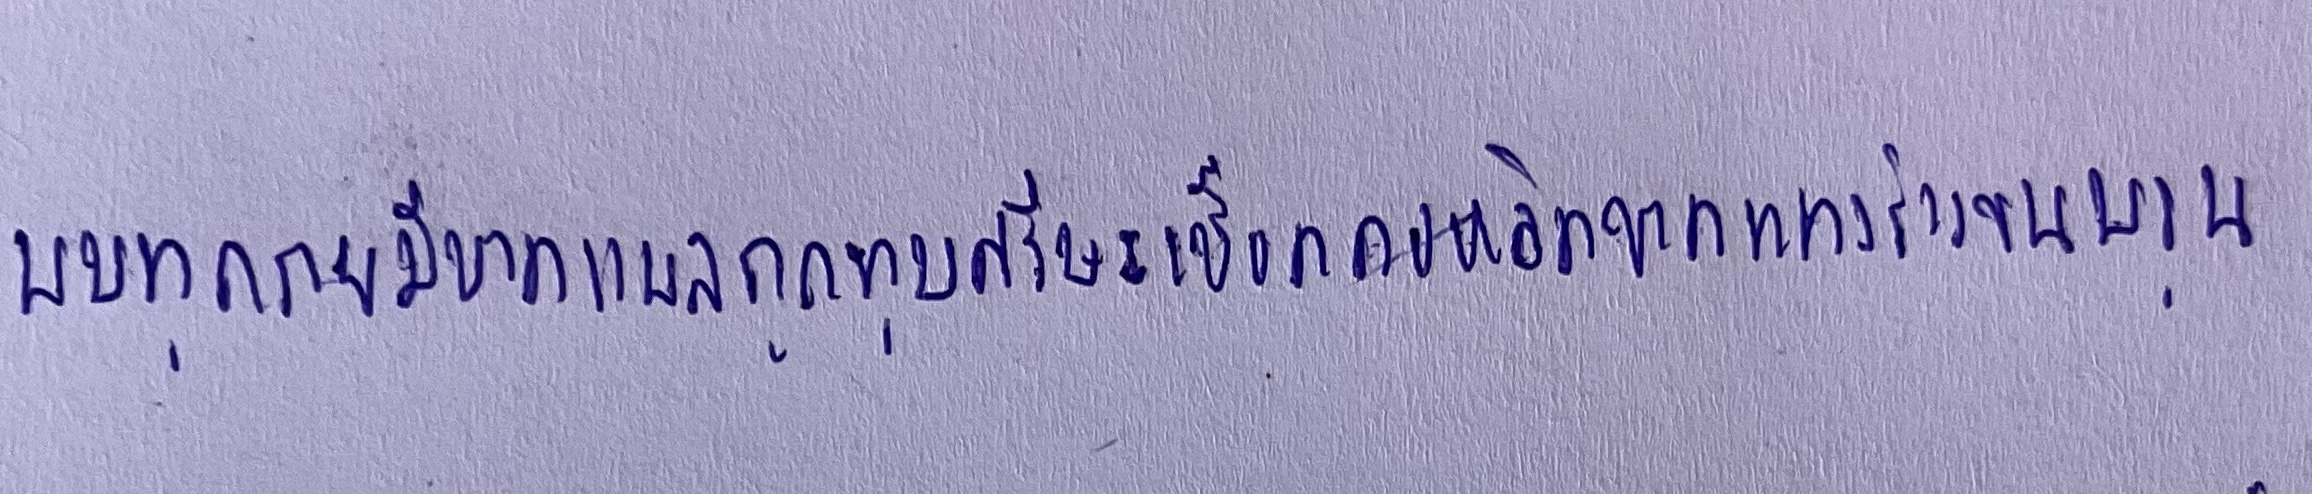
พบทุกรายมีบาดแผลถูกทุบศรีษะเชือดคอหวิดขาด-แทงร่างจนพรุน